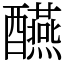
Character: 醼